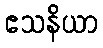
ဧသနိယာ